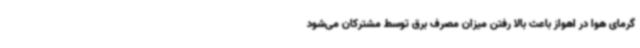
گرمای هوا در اهواز باعث بالا رفتن میزان مصرف برق توسط مشترکان می‌شود